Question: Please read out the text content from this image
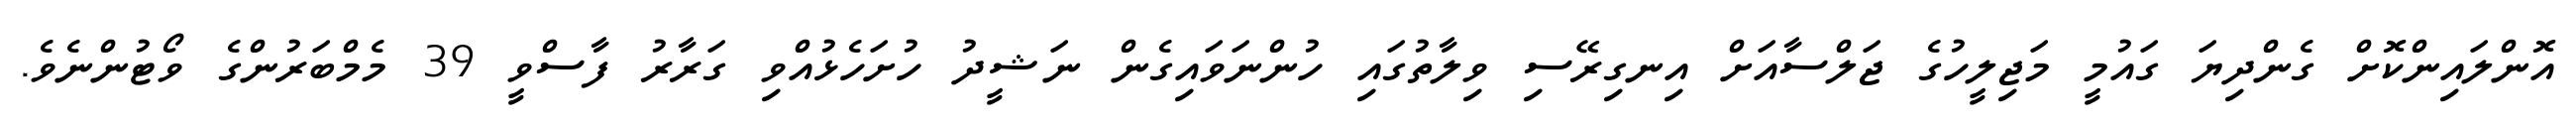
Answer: އޮންލައިންކޮށް ގެންދިޔަ ގައުމީ މަޖިލީހުގެ ޖަލްސާއަށް އިނގިރޭސި ވިލާތުގައި ހުންނަވައިގެން ނަޝީދު ހުށަހެޅުއްވި ގަރާރު ފާސްވީ 39 މެމްބަރުންގެ ވޯޓުންނެވެ.